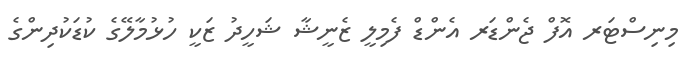
މިނިސްޓަރ އޮފް ޖެންޑަރ އެންޑް ފެމިލީ ޒެނީޝާ ޝަހީދު ޒަކީ ހުޅުމާލޭގެ ކުޑަކުދިންގެ